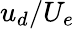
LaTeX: u_{d}/U_{e}